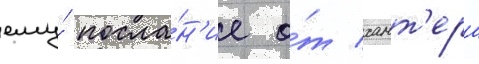
ему́ посла́н'ие о́т хант'ера